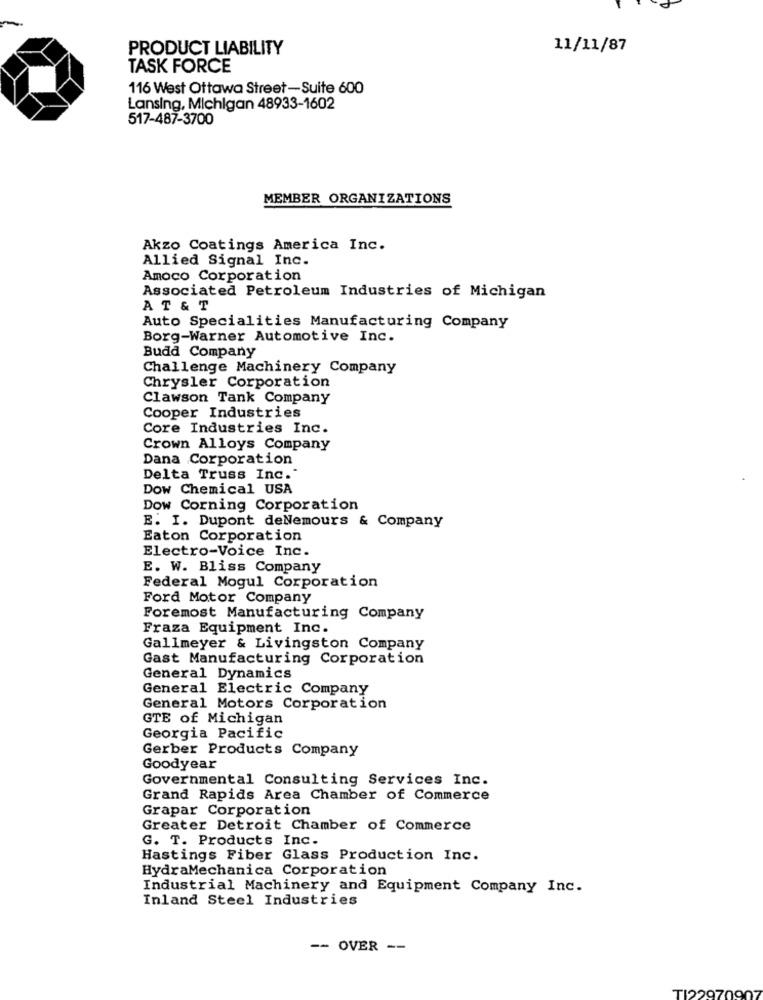
PRODUCT LIABILITY
11/11/87
TASK FORCE
116 West Ottawa Street-Suite 600
Lansing, Michigan 48933-1602
517-487-3700
MEMBER ORGANIZATIONS
Akzo Coatings America Inc.
Allied Signal Inc.
Amoco Corporation
Associated Petroleum Industries of Michigan
AT & T
Auto Specialities Manufacturing Company
Borg-Warner Automotive Inc.
Budd Company
Challenge Machinery Company
Chrysler Corporation
Clawson Tank Company
Cooper Industries
Core Industries Inc.
Crown Alloys Company
Dana Corporation
Delta Truss Inc."
Dow Chemical USA
Dow Corning Corporation
E. I. Dupont deNemours & Company
Eaton Corporation
Electro-Voice Inc.
E. W. Bliss Company
Federal Mogul Corporation
Ford Motor Company
Foremost Manufacturing Company
Fraza Equipment Inc.
Gallmeyer & Livingston Company
Gast Manufacturing Corporation
General Dynamics
General Electric Company
General Motors Corporation
GTE of Michigan
Georgia Pacific
Gerber Products Company
Goodyear
Governmental Consulting Services Inc.
Grand Rapids Area Chamber of Commerce
Grapar Corporation
Greater Detroit Chamber of Commerce
G. T. Products Inc.
Hastings Fiber Glass Production Inc.
HydraMechanica Corporation
Industrial Machinery and Equipment Company Inc.
Inland Steel Industries
-- OVER --
TI2297